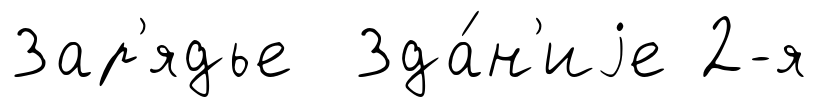
Зар'ядье Зда́н'иjе 2-я